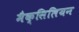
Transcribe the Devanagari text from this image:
मैक्सिलियन